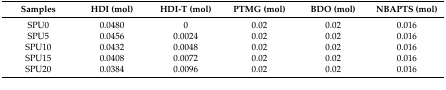
<table><thead><tr><td><b>Samples</b></td><td><b>HDI (mol)</b></td><td><b>HDI-T (mol)</b></td><td><b>PTMG (mol)</b></td><td><b>BDO (mol)</b></td><td><b>NBAPTS (mol)</b></td></tr></thead><tbody><tr><td>SPU0</td><td>0.0480</td><td>0</td><td>0.02</td><td>0.02</td><td>0.016</td></tr><tr><td>SPU5</td><td>0.0456</td><td>0.0024</td><td>0.02</td><td>0.02</td><td>0.016</td></tr><tr><td>SPU10</td><td>0.0432</td><td>0.0048</td><td>0.02</td><td>0.02</td><td>0.016</td></tr><tr><td>SPU15</td><td>0.0408</td><td>0.0072</td><td>0.02</td><td>0.02</td><td>0.016</td></tr><tr><td>SPU20</td><td>0.0384</td><td>0.0096</td><td>0.02</td><td>0.02</td><td>0.016</td></tr></tbody></table>